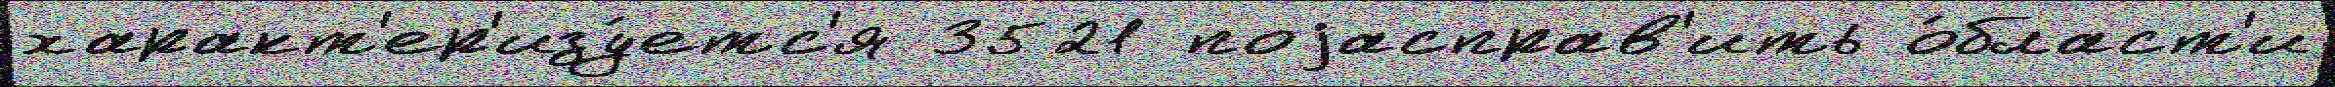
характ'ер'изу́етс'я 3521 поjасправ'ить о́бласт'и